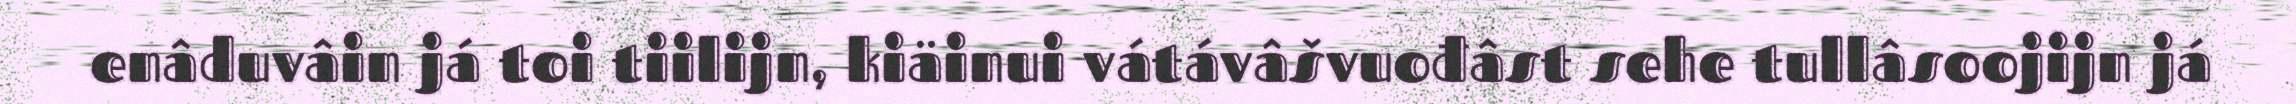
enâduvâin já toi tiilijn, kiäinui vátávâšvuođâst sehe tullâsoojijn já